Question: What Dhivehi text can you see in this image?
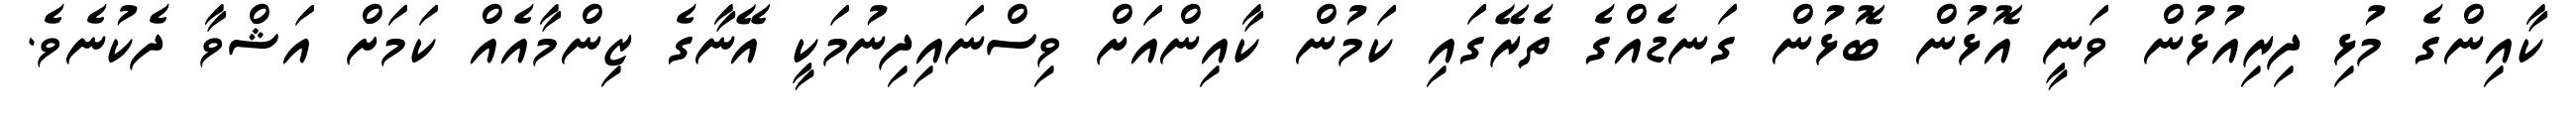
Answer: ކާއިންގެ މުޅި ދިރިއުޅުން ވަނީ އޮޅުން ބޮޅުން ގަނޑެއްގެ ތެރޭގައި ކަމުން ކާއިންއަށް ވިސްނައިދިނުމަކީ އޭނާގެ ޒިންމާއެއް ކަމަށް އަޝްވާ ދެކުނެވެ.